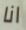
انا